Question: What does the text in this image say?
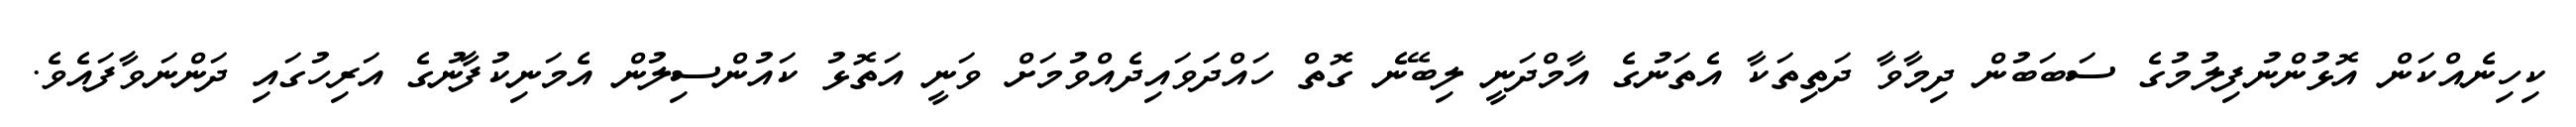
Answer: ކިހިނެއްކަން އޮޅުންނުފިލުމުގެ ސަބަބުން ދިމާވާ ދަތިތަކާ އެތަނުގެ އާމްދަނީ ލިބޭނެ ގޮތް ހައްދަަވައިދެއްވުމަށް ވަނީ އަތޮޅު ކައުންސިލުން އެމަނިކުފާނުގެ އަރިހުގައި ދަންނަވާފައެވެ.